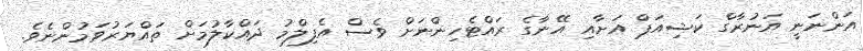
އަންނަނީ އަނުރާގް ކަޝިއަޕް އަށާއި އޭނާގެ ރައްޓެހިންނަށް ވެސް އެފިލްމު ދައްކާލުމަށް ތައްޔަރުވަމުންނެވެ.